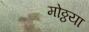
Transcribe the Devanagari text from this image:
मोठ्ठया